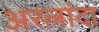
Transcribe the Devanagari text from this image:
अरलांदा